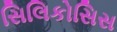
સિલિકોસિસ